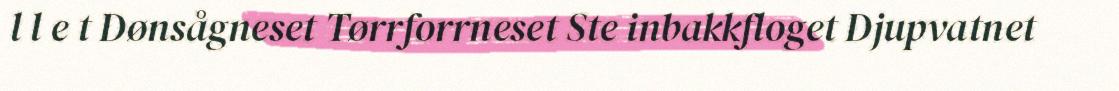
l l e t Dønsågneset Tørrforrneset Ste inbakkfloget Djupvatnet